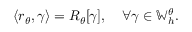
\left\langle r _ { \theta } , \gamma \right\rangle = R _ { \theta } [ \gamma ] , \quad \forall \gamma \in \mathbb { W } _ { h } ^ { \theta } .